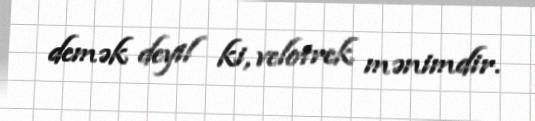
demək deyil ki, velotrek mənimdir.